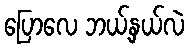
ပြောလေ ဘယ့်နှယ်လဲ